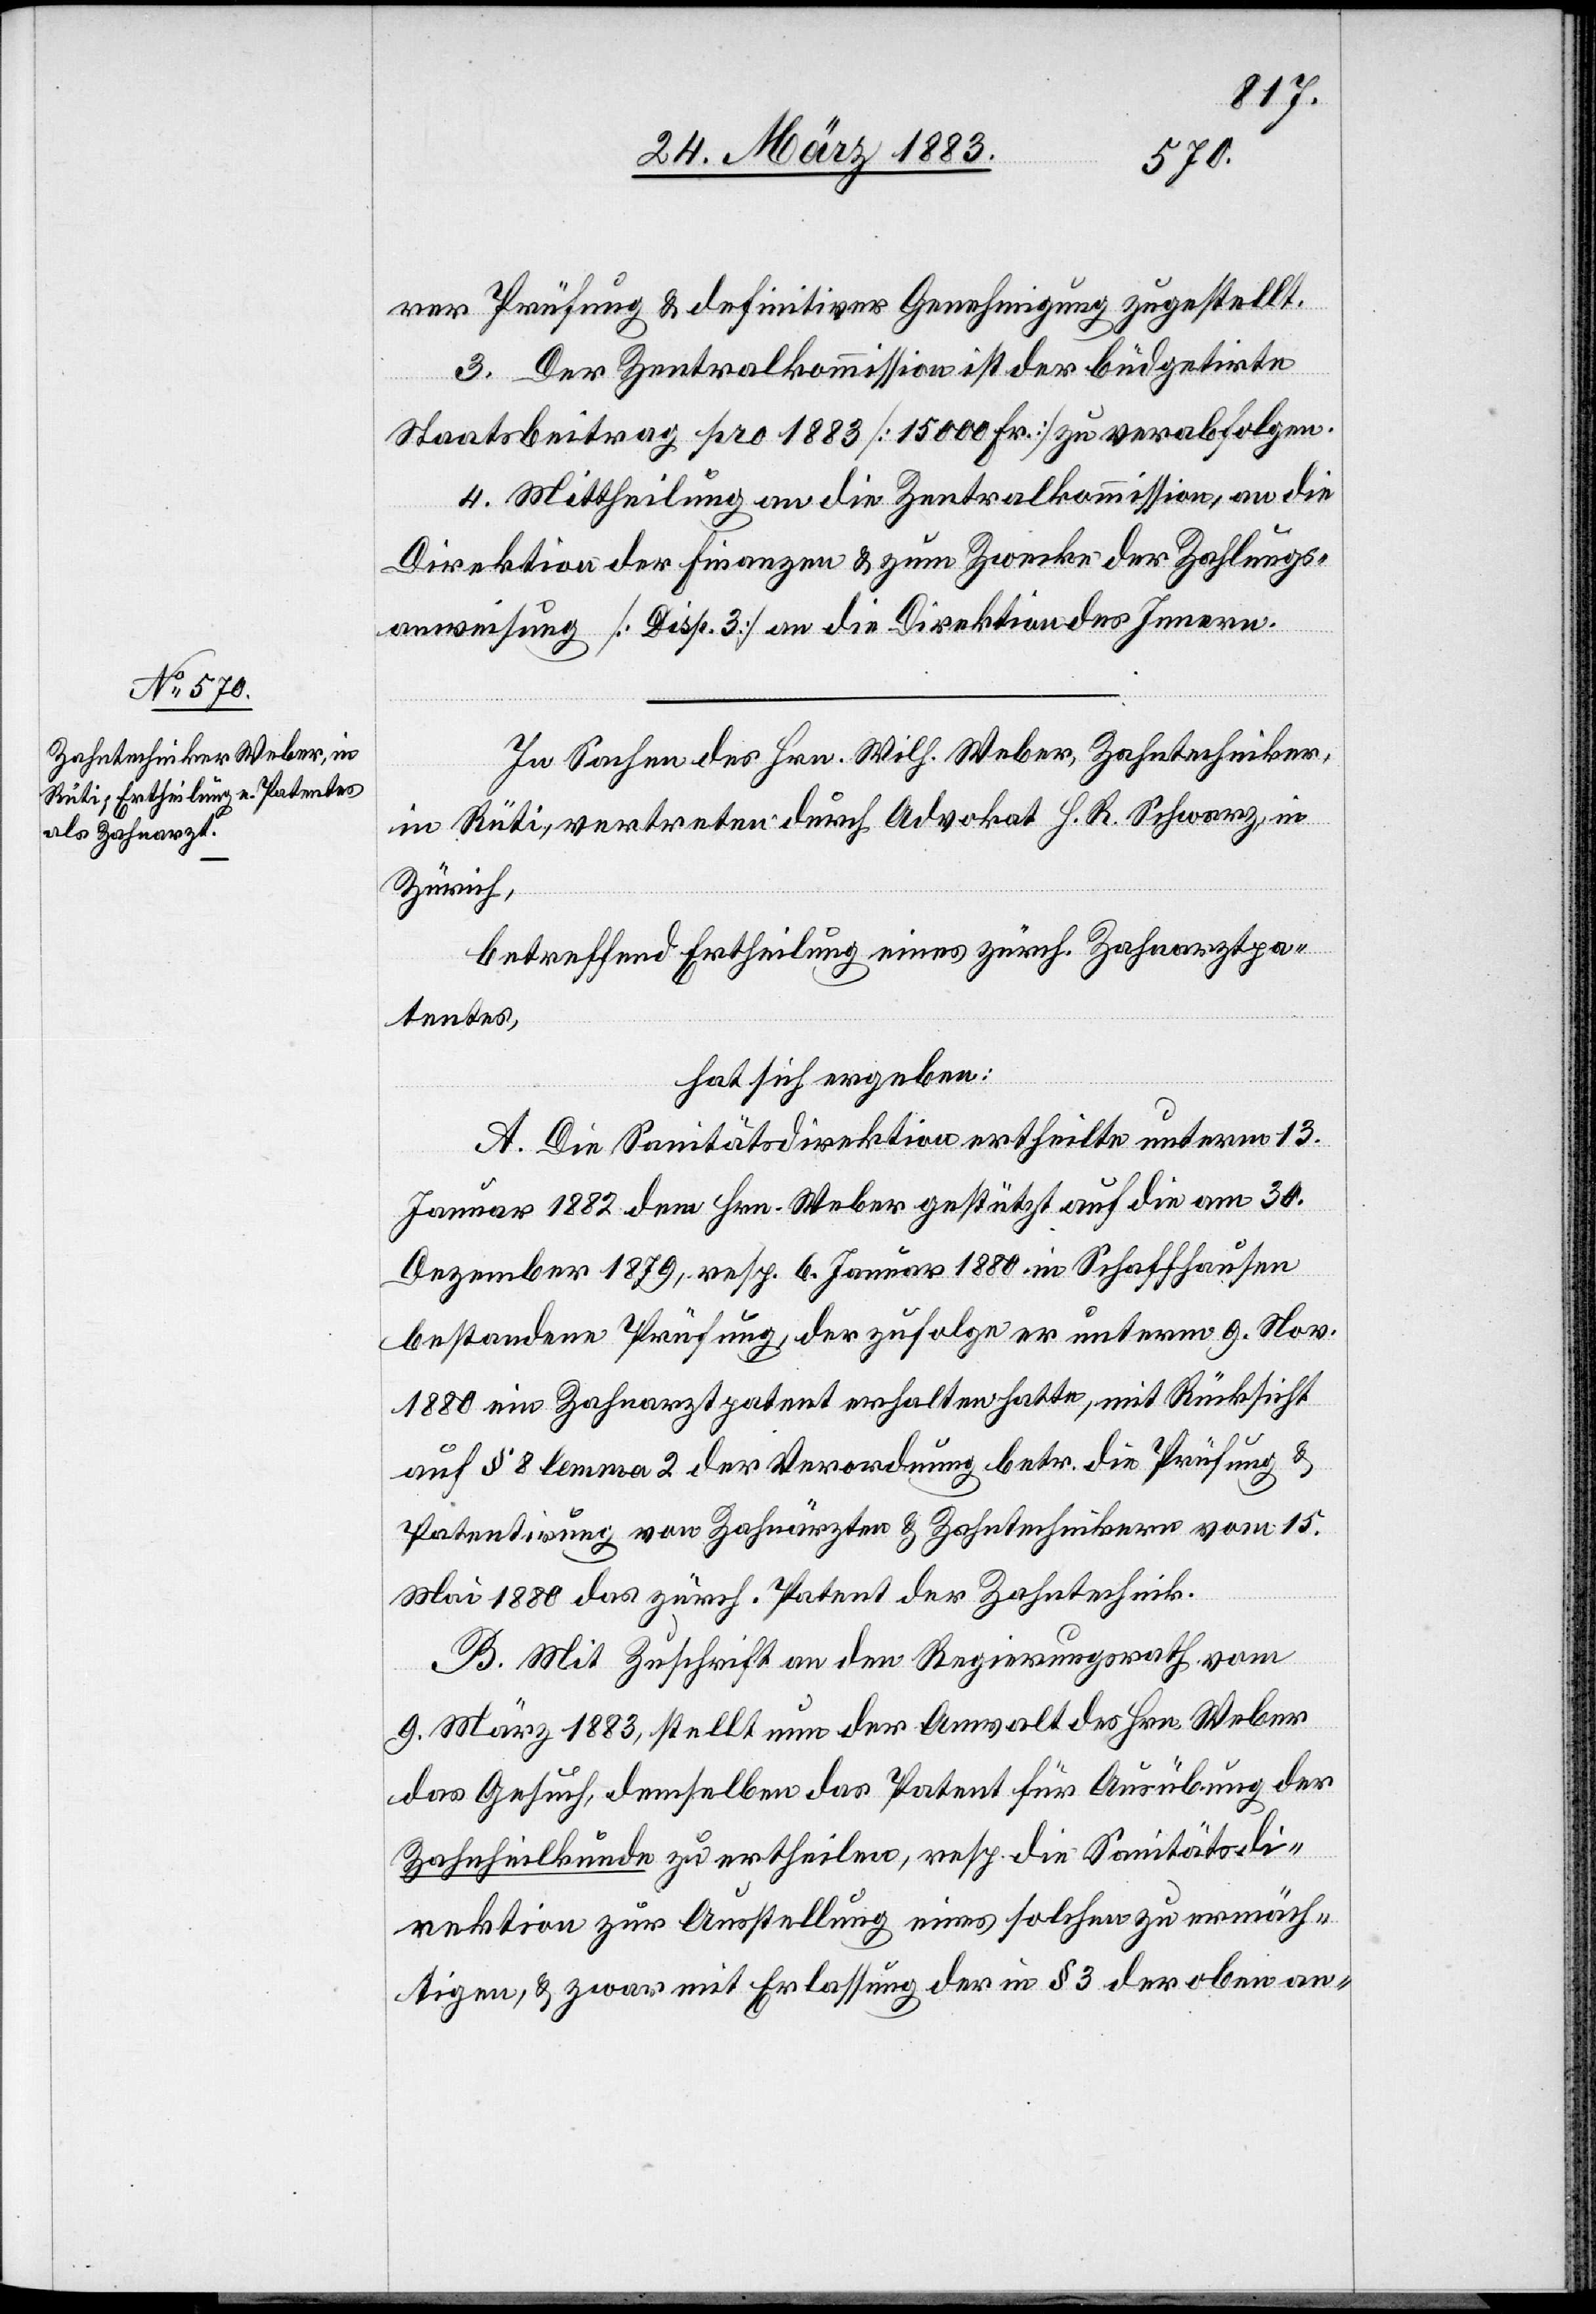
rer Prüfung & definitiver Genehmigung zugestellt.
Der Zentralkommission ist der büdgetirte
Staatsbeitrag pro 1883 [15 000 Fr.] zu verabfolgen.
4. Mittheilung an die Zentralkommission, an die
Direktion der Finanzen & zum Zwecke der Zahlungs¬
anweisung [Disp. 3] an die Direktion des Innern.
In Sachen des Hrn. Wilh. Weber, Zahntechniker,
in Rüti, vertreten durch Advokat H. R. Schwarz, in
Zürich,
betreffend Ertheilung eines zürch. Zahnarztpa¬
tentes,
hat sich ergeben:
A. Die Sanitätsdirektion ertheilte unterm 13.
Januar 1882 dem Hrn. Weber gestützt auf die am 30.
Dezember 1879, resp. 6. Januar 1880 in Schaffhausen
bestandene Prüfung, der zufolge er unterm 9. Nov.
1880 ein Zahnarztpatent erhalten hatte, mit Rücksicht
auf § 8 lemma 2 der Verordnung betr. die Prüfung &
Patentirung von Zahnärzten & Zahntechnikern vom 15.
Mai 1880 das zürch. Patent der Zahntechnik.
B. Mit Zuschrift an den Regierungsrath vom
9. März 1883, stellt nun der Anwalt des Hrn. Weber
das Gesuch, demselben das Patent für Ausübung der
Zahnheilkunde zu ertheilen, resp. die Sanitätsdi¬
rektion zur Ausstellung eines solchen zu ermäch¬
tigen, & zwar mit Erlassung der in § 3 der oben an-